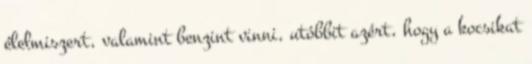
élelmiszert, valamint benzint vinni, utóbbit azért, hogy a kocsikat